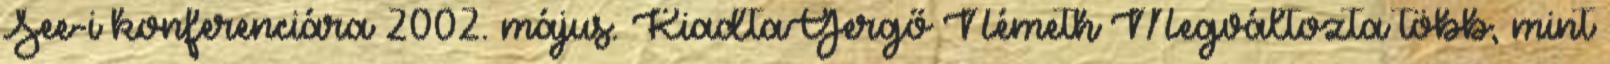
See-i konferenciára 2002. május. KiadtaGergő Németh Megváltozta több, mint